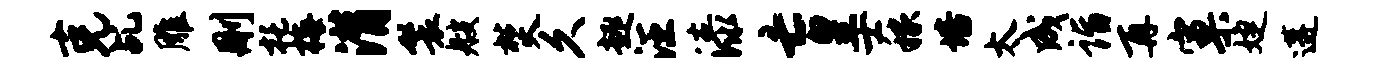
克乩雕删托梅潸鬟艘焚久趣汪漆亡皇士稼培太成诣再窠婕遘